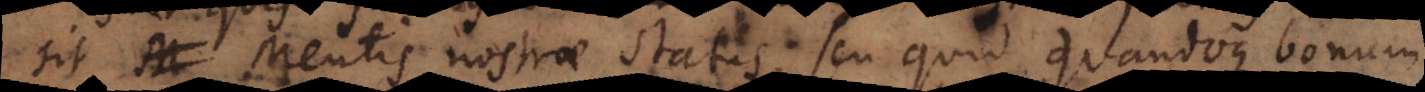
sit Mentis nostrae status, seu quid quandoque bonum